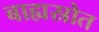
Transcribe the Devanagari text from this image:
बाह्यस्रोत